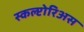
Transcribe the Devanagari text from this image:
स्कल्प्टोरिअस